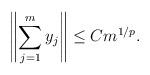
LaTeX: \begin{align*}\left\|\sum_{j=1}^m y_j \right\| \le Cm^{1/p}.\end{align*}